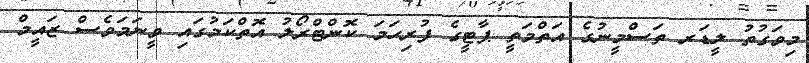
މިވަގުތު ލީޑަރ ތަސްމީނުގެ އަތްމަތީ ޕާޓީގެ ފުރިހަމަ ކޮންޓްރޯލު އޮތްކަމުގައި ވީނަމަވެސް ޒައީމް